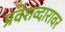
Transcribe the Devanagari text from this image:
प्रवेशव्दारावर